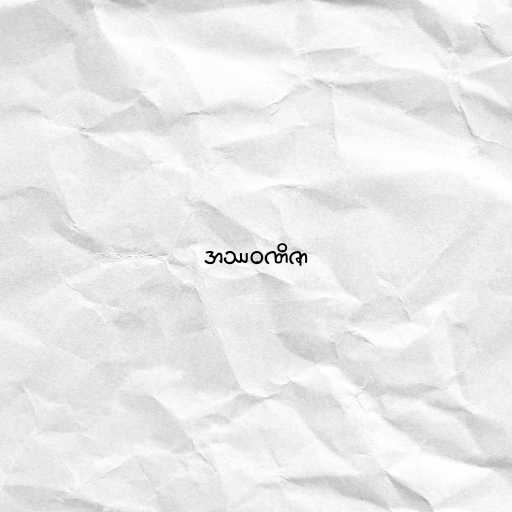
အဿဝဏိဇာ